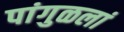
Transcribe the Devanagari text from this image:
पांगुळलां